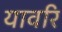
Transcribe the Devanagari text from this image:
यावरि